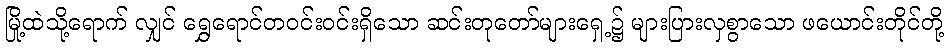
မြို့ထဲသို့ရောက် လျှင် ရွှေရောင်တဝင်းဝင်းရှိသော ဆင်းတုတော်များရှေ့၌ များပြားလှစွာသော ဖယောင်းတိုင်တို့